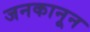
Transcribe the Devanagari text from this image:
जनकानून